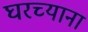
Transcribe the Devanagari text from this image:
घरच्याना